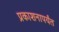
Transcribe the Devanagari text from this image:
प्रकाशनापर्यंत